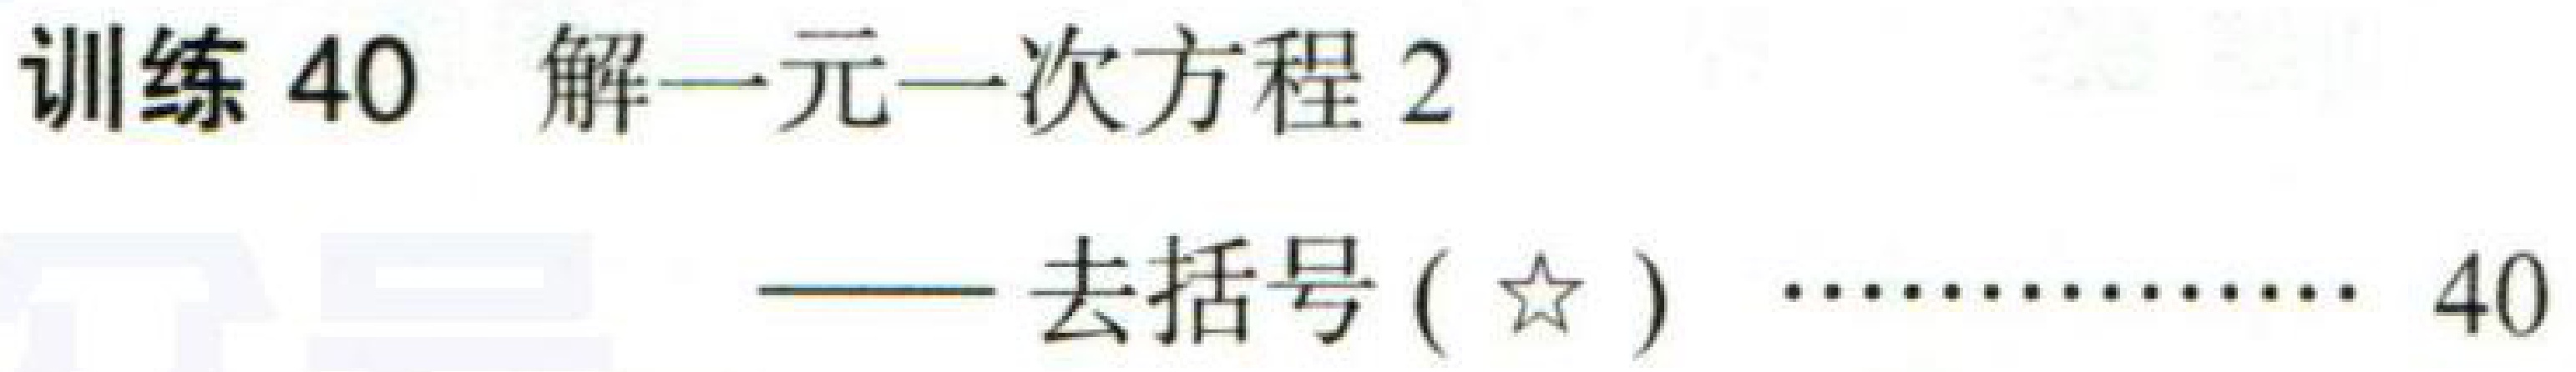
训练40 解一元一次方程2

——去括号(★) …………… 40